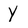
Character: Y